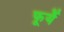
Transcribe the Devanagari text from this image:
फूर्यें